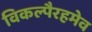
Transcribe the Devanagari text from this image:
विकल्पैरहमेव